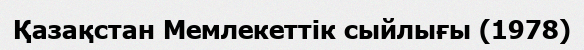
Қазақстан Мемлекеттік сыйлығы (1978)